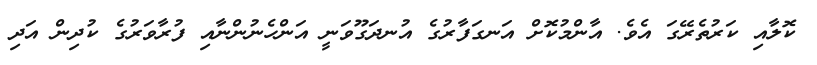
ކޮލާއި ކަރުތެރޭގަ އެވެ. އާންމުކޮށް އަނގަފާރުގެ އުނދަގޫވަނީ އަންހެނުންނާއި ފުރާވަރުގެ ކުދިން އަދި